Vaccination in the Punjab 1867-1880 - 1867-1880
Year: 1867
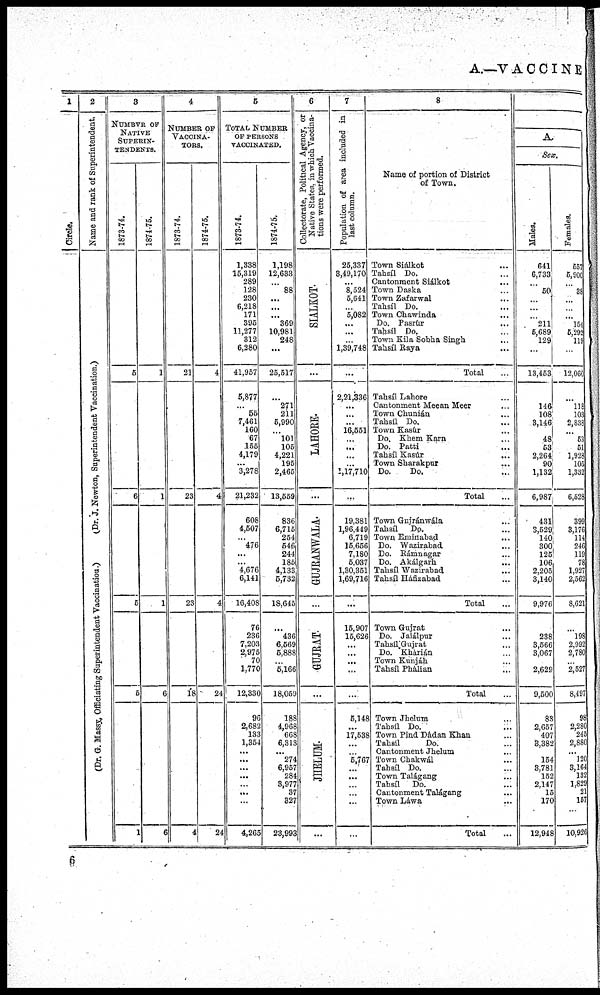
A.—VACCINE
1
Circle.
2
Name and rank of Superintendent.
(Dr. J. Ne wt on, Superintendent Vaccination.)
(Dr. G. Massy„ Officiating Superintendent Vaccinatum.)
3
NUMBER OF
NATIVE
SUIERIN-
--------.
1873-74.
5
6
5
5
1
1874-75.
1
1
1
6
6
4
NUMBER OF
VACCINA.
TORS.
1873-74.
21
23
23
18
4
1874-75.
4
4
4
24
24
5
TOTAL NUMBER
OF PERSONS
VACCINATED.
1873-74.
1,338
15,319
289
128
230
6,218
171
395
11,277
312
6,280
41,957
5,877
...
55
7,461
160
67
155
4,179
...
3,278
21,232
608
4,507
... 476
...
...
4,676
6,141
16,408
76
236
7,203
2,975
70
1,770
12,330
96
2,682
133
1,354
...
...
...
...
...
...
...
4,265
1874-75.
1,198
12,633
... 88
...
...
...
369
10,981
248
...
25,517
...
271
211
5,990
... 101
105
4,221
195
2,465
13,559
836
6,715
254
546
244
185
4,133
5,732
18,645
...
436
6,569
5,888
...
5,166
18,059
188
4,968
668
6,313
...
274
6,957
284
3,977
37
327
23,993
6
Collectorate, Political Agency, or
Native States, in which Vaccina-
tions were performed.
SIALKOT.
...
LAHORE.
...
GUJRANWALA.
...
GUJRAT.
...
JHELUM.
...
7
Population of area included in
last column.
25,337
3,49,170
...
8,524
5,641
...
5,082
...
...
1,39,748
...
2,21,336
...
...
...
16,561
...
...
...
...
1,17,710
...
19,381
1,96,449
6,719
15,656
7,180
5,037
1,30,361
1,69,716
...
15,907
15,626
...
...
...
...
...
5,148
...
17,638
...
...
5,767
...
...
...
...
...
...
8
Name of portion of District
of Town.
Town Siálkot ...
Tahsíl Do. ...
Cantonment Siálkot ...
Town Daska ...
Town Zafarwal ...
Tahsíl Do. ...
Town Chawinda ...
Do. Pasrúr ...
Tahsil Do. ...
Town Kila Sobha Singh ...
Tahsíl Raya ...
Total ...
Tahsíl Lahore ...
Cantonment Meean Meer ...
Town Chunián ...
Tahsíl Do. ...
Town Kasúr ...
Do. Khem Kara ...
Do. Patti ...
Tahsíl Kasúr ...
Town Sharakpur ...
Do.
Do. ...
Total ...
Town Gujránwála ...
Tahsíl
Do. ...
Town Eminabad ...
Do. Wazirabad ...
Do. Rámnagar ...
Do. Akálgarh ...
Tahsíl Wazirabad ...
Tahsíl Háfizabad ...
Total ...
Town Gujrat ...
Do. Jalálpur ...
Tahsíl Gujrat ...
Do. Khárián ...
Town Kunjáh ...
Tahsíl Phálian ...
Total ...
Town Jhelum ...
Tahsíl Do. ...
Town Pind Dádan Khan ...
Tahsíl
Do. ...
Cantonment Jhelum ...
Town Chakwál ...
Tahsíl Do. ...
Town Talágang ...
Tahsíl
Do. ...
Cantonment Talágang ...
Town Láwa ...
Total ...
A.
Sex.
Males.
641
6,733
...
50
...
...
...
211
5,689
129
...
13,453
...
146
108
3,146
...
48
53
2,264
90
1,132
6,987
431
3,529
140
300
125
106
2,205
3,140
9,976
238
3,566
3,067
2,629
9,500
83
2,657
407
3,382
154
3,781
152
2,147
15
170
12,948
Females.
557
5,900
...
38
...
...
...
154
5,292
119
...
12,060
...
118
103
2,838
... 53
51
1,928
105
1,332
6,528
399
3,176
114
246
119
78
1,927
2,562
8,621
...
198
2,992
2,780
...
2,527
8,497
98
2,280
245
2,880
...
120
3,164
132
1,829
21
157
10,926
6